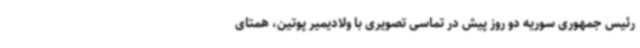
رئیس جمهوری سوریه دو روز پیش در تماسی تصویری با ولادیمیر پوتین، همتای